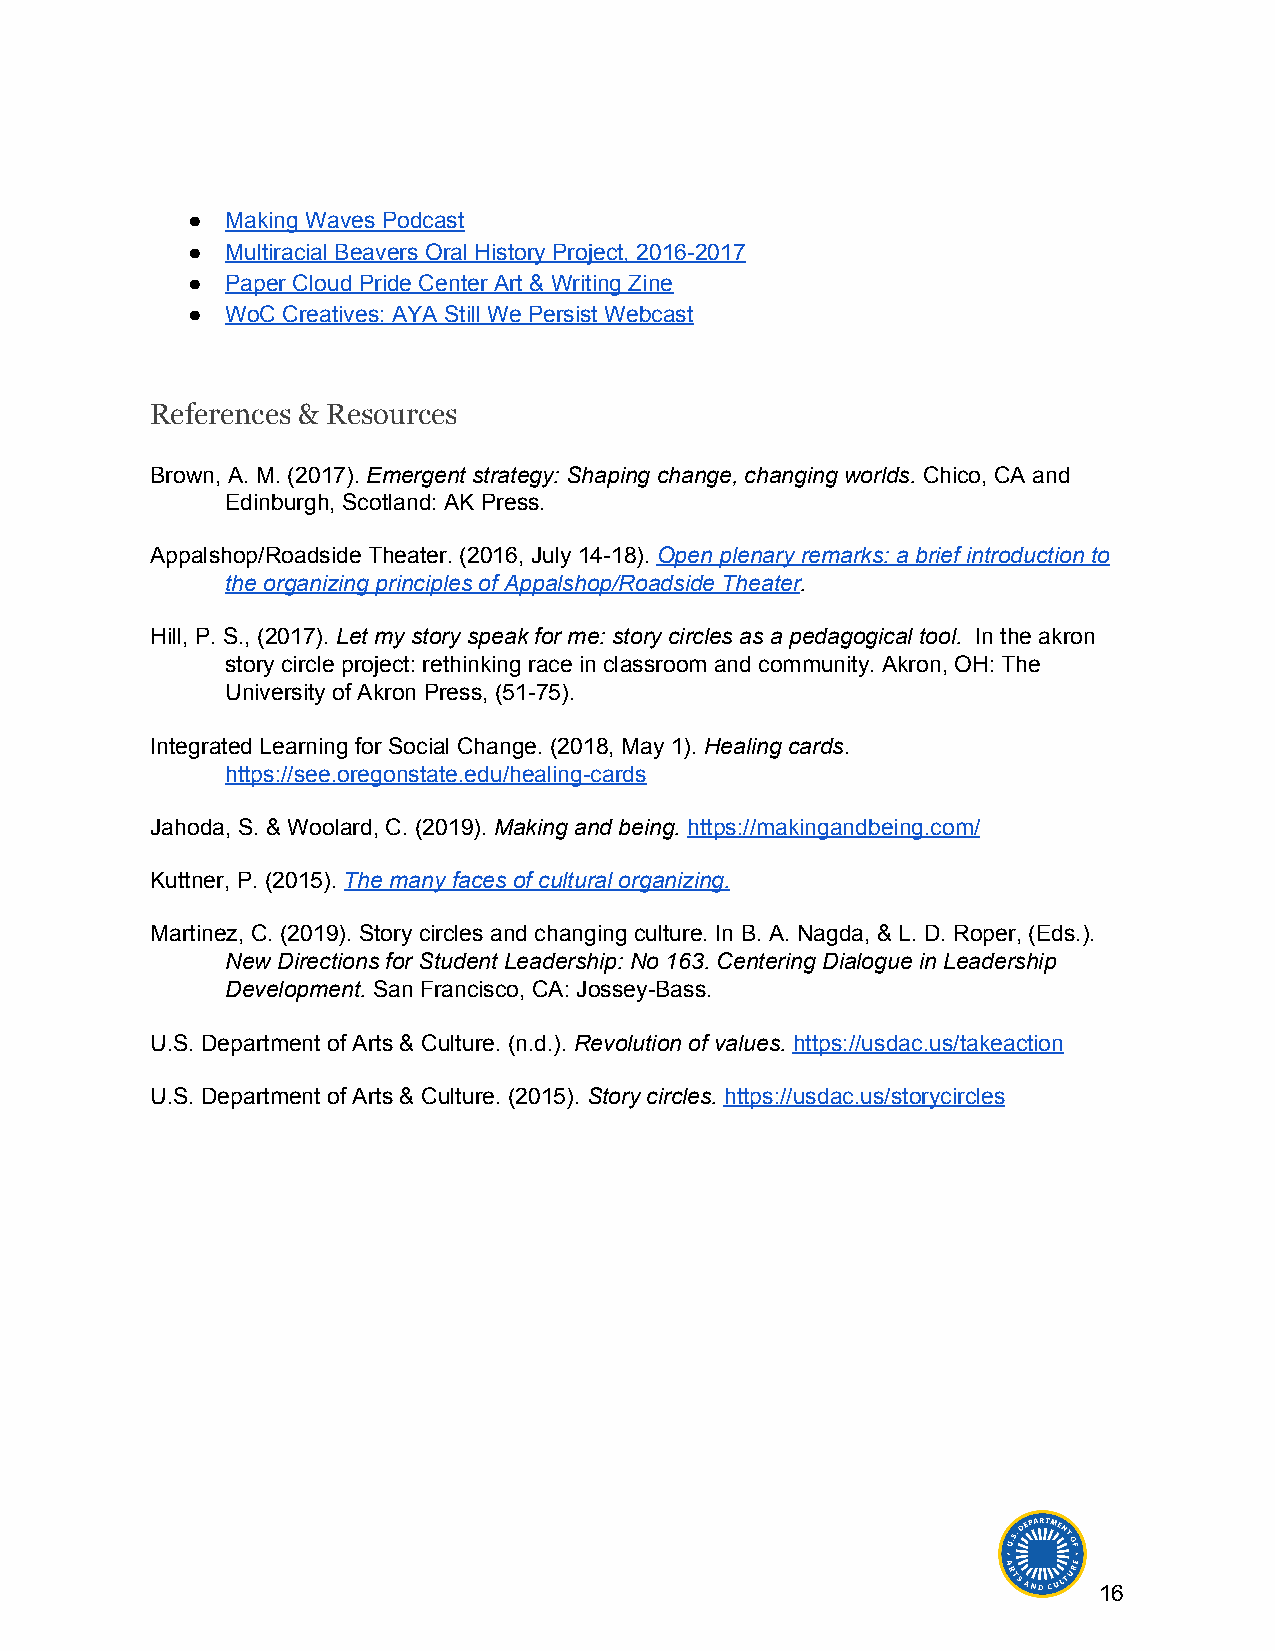
●  Making Waves Podcast
 ●  Multiracial Beavers Oral History Project, 2016-2017
 ●  Paper Cloud Pride Center Art & Writing Zine
 ●  WoC Creatives: AYA Still We Persist Webcast
 References & Resources
 Brown, A. M. (2017). Emergent strategy: Shaping change, changing worlds. Chico, CA and
 ​                                    ​
 Edinburgh, Scotland: AK Press.
 Appalshop/Roadside Theater. (2016, July 14-18). Open plenary remarks: a brief introduction to
 ​
 the organizing principles of Appalshop/Roadside Theater.
 ​
 Hill, P. S., (2017). Let my story speak for me: story circles as a pedagogical tool. In the akron
 ​                                         ​
 story circle project: rethinking race in classroom and community. Akron, OH: The
 University of Akron Press, (51-75).
 Integrated Learning for Social Change. (2018, May 1). Healing cards.
 ​        ​
 https://see.oregonstate.edu/healing-cards
 Jahoda, S. & Woolard, C. (2019). Making and being. https://makingandbeing.com/
 ​           ​​
 Kuttner, P. (2015). The many faces of cultural organizing.
 ​
 Martinez, C. (2019). Story circles and changing culture. In B. A. Nagda, & L. D. Roper, (Eds.).
 New Directions for Student Leadership: No 163. Centering Dialogue in Leadership
 Development. San Francisco, CA: Jossey-Bass.
 ​
 U.S. Department of Arts & Culture. (n.d.). Revolution of values. https://usdac.us/takeaction
 ​             ​​
 U.S. Department of Arts & Culture. (2015). Story circles. https://usdac.us/storycircles
 ​       ​​
 16